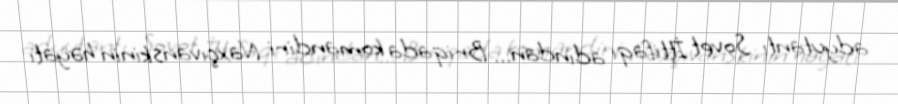
adyutantı Sovet İttifaqı adından... Briqada komandiri Naxçıvanskinin həyatı